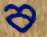
ব